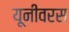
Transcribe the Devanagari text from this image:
यूनीवरस